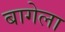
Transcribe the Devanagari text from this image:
बागेला